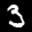
Label: 3